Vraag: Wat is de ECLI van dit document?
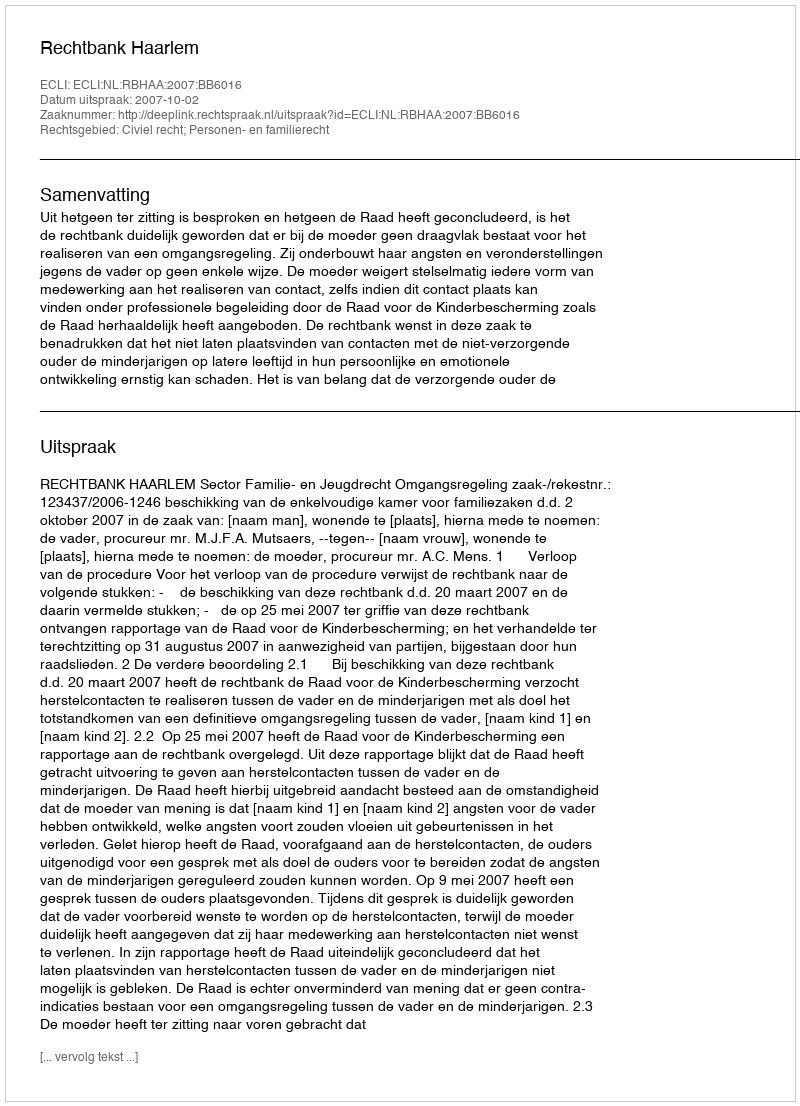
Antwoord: ECLI:NL:RBHAA:2007:BB6016